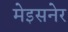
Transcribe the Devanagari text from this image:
मेइसनेर